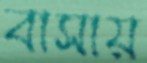
বাসায়